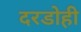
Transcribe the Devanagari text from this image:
दरडोही